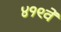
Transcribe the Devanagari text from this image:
४१९वें